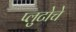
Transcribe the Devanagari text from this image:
प्लुटोचे